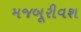
મજબૂરીવશ